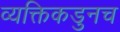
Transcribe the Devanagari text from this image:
व्यक्तिकडुनच